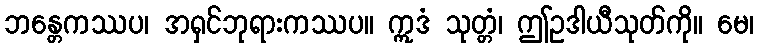
ဘန္တေကဿပ၊ အရှင်ဘုရားကဿပ။ ဣဒံ သုတ္တံ၊ ဤဥဒါယီသုတ်ကို။ မေ၊